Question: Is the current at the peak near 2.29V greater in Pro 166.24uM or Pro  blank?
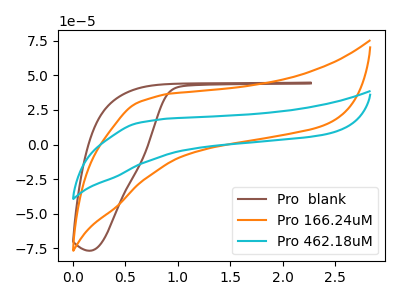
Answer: <think>The brown curve "Pro  blank" has no peaks. The orange curve "Pro 166.24uM" has no peaks. The cyan curve "Pro 462.18uM" has no peaks.</think>
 <answer>"Pro 166.24uM" and "Pro  blank" dont share a peak at 2.29V.</answer>
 <eval>mismatch</eval>